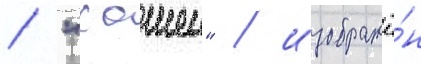
/ "хошен" / изображё́н